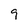
Character: 9